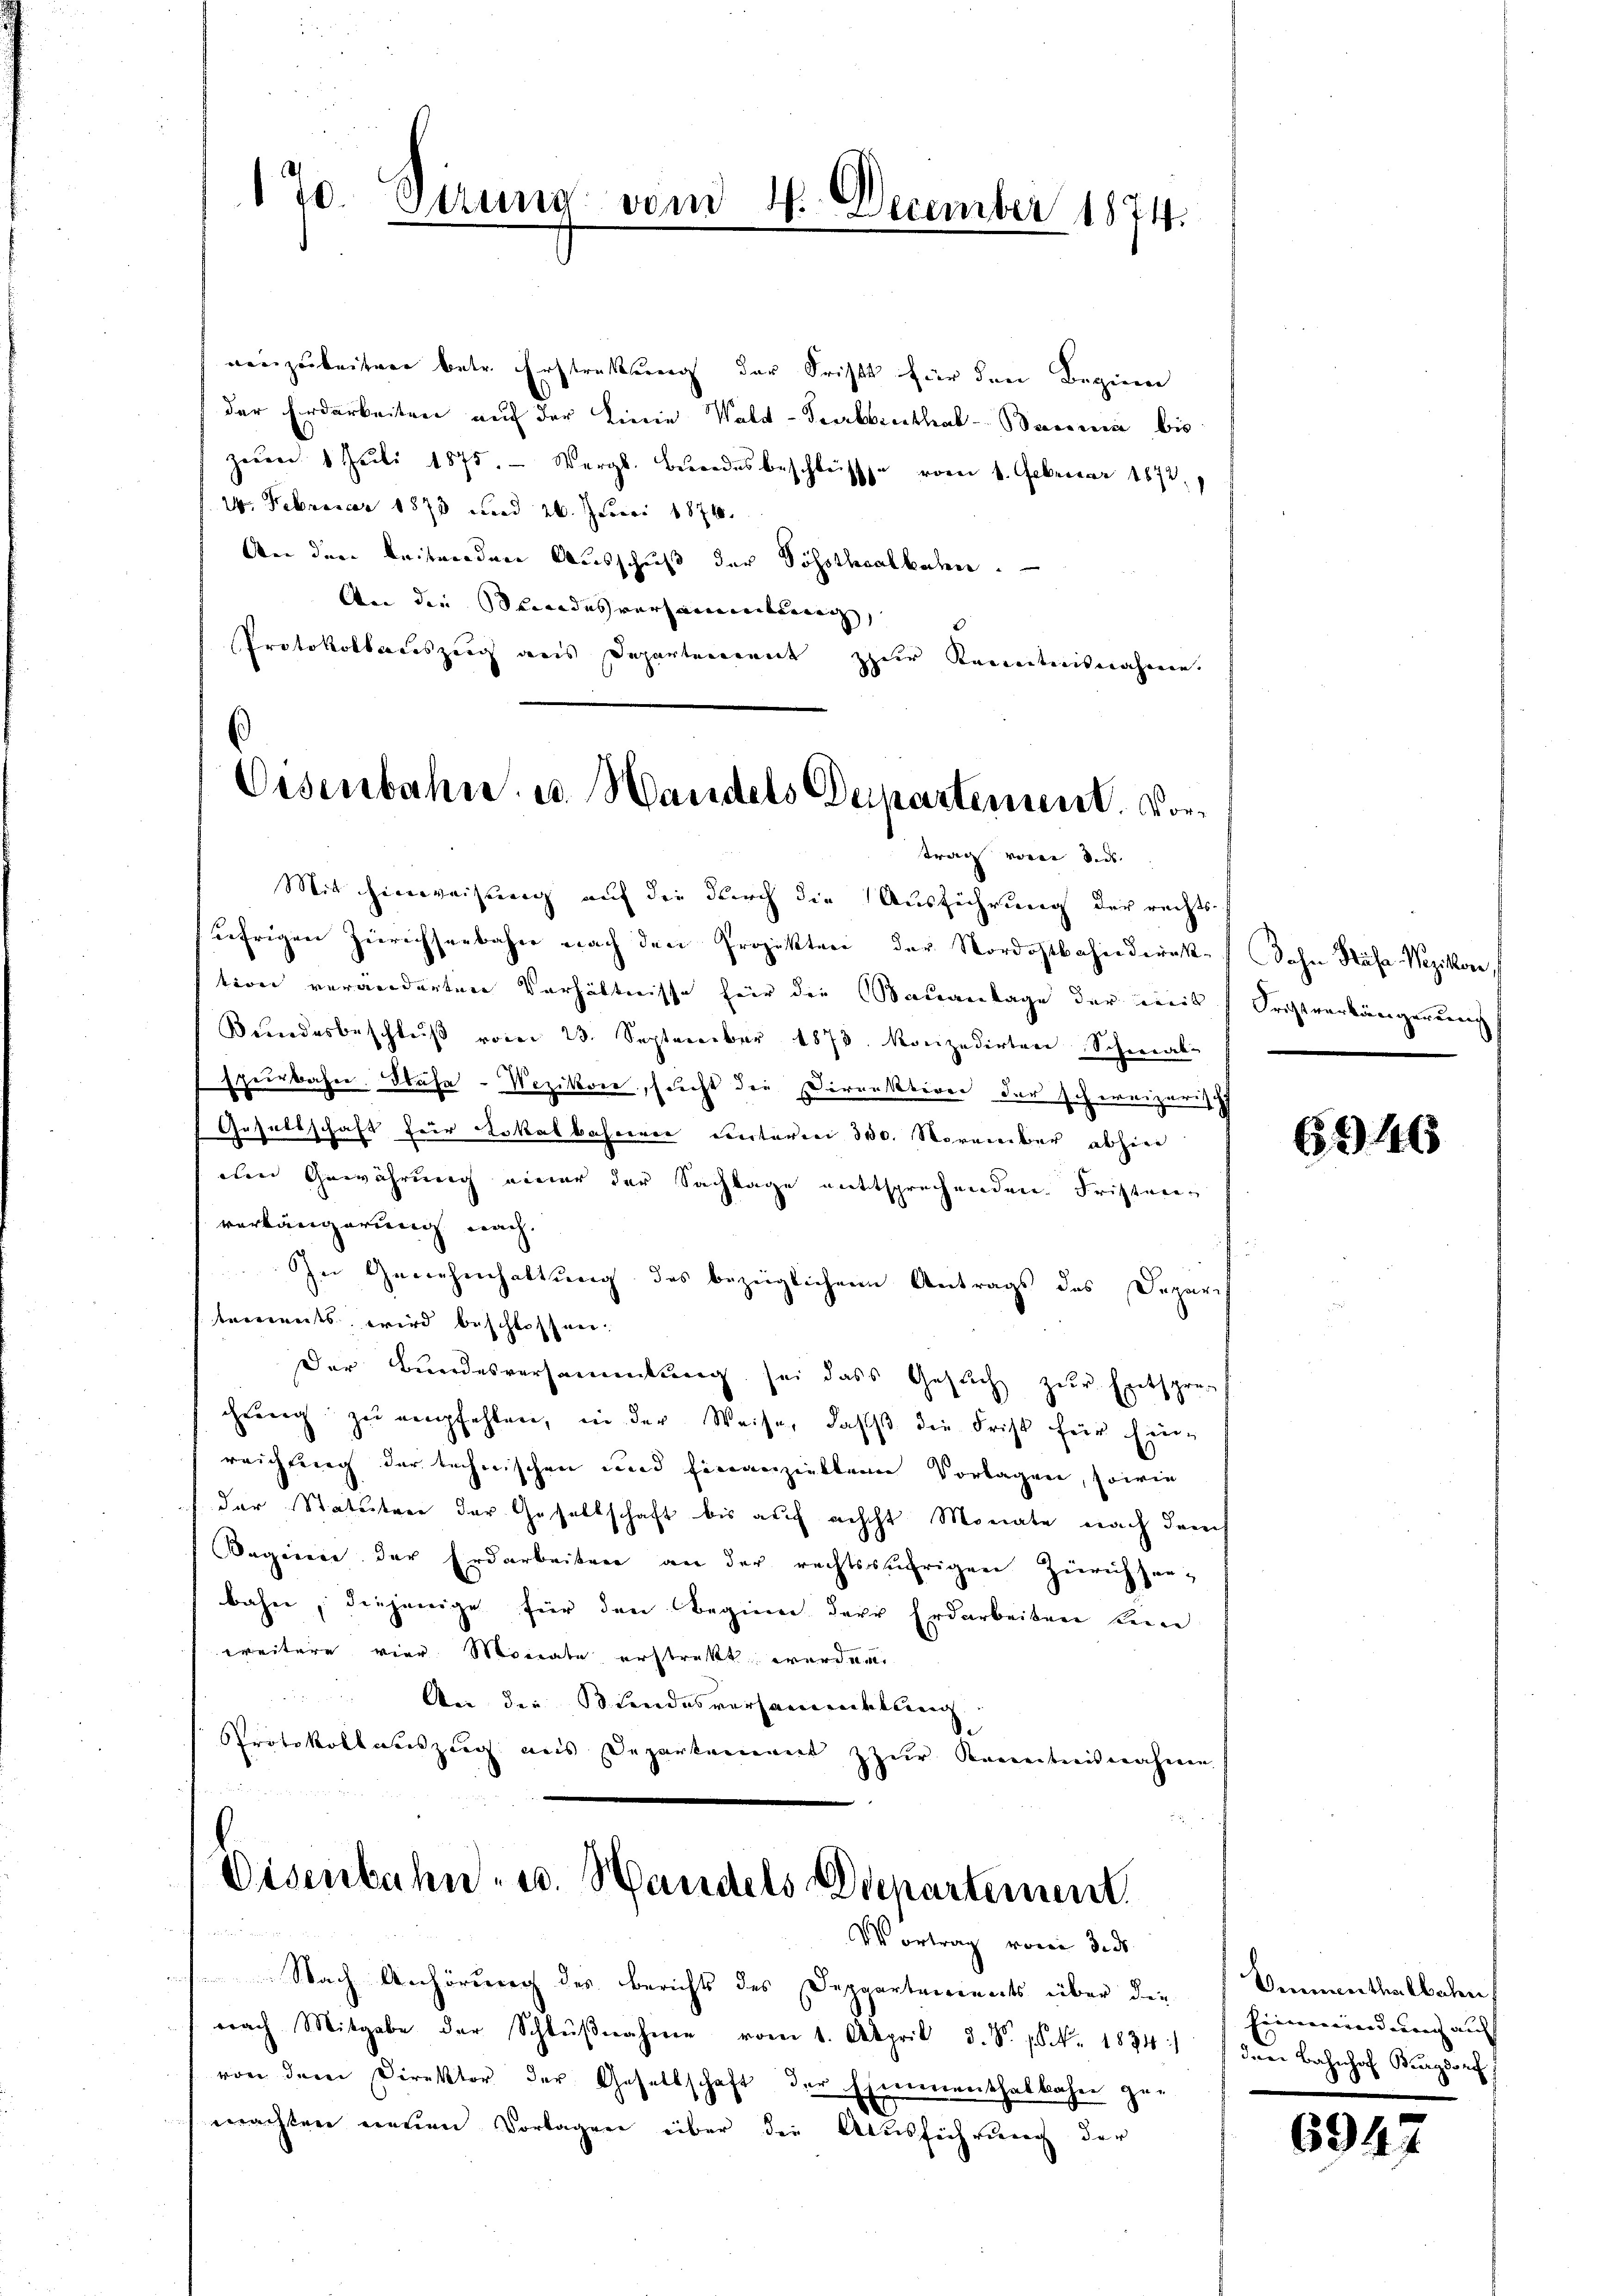
17. Sirung vom 4. December 1874.

neizubeiten betr. Erstreckung der Frist für den Beginn
der Erdarbeiten auf der Linie Wald-Trabbenthal anni bis
Zeŭen 1. Juli 1875. Vergl. Berndesbeschlüsse vom 1. Februar 1872.
24. Februar 1873 und 26. Juni 1876.
An den beitenden Ausschuß der Söhsthalbahn.
An die Standesversammlung,
Protokollsauszug aus Departenannt zur Kenntnisnahmen.

Eisenbahn u. Handels Departement. Vor¬
Frach von sind.

Mit Hinweisung auf die durch die Ausführung der rechtsufrigen Zürichseebahn nach den Projekten der Nordostbahnderak- Sohn Hása-Wezikon,
tion veränderten Verhältnisse hier die Mauanlage der mit Fristverkängerung
Bŭndesbeschlŭβ vom 23. September 1878. Konzedirten Schwal-
spürbahn. Wähe-Wezikon, sucht die Direktoren der schereizerisch
Gesellschaft für Lokalbahrerer ventaren 300. November abhier
dlen Gewährung einer der Sachlage mittsprechenden Fristen
verlängerung nach.
In Genehmhaltung des bezüglichen Antrags des Deparis
tements wird beschlossen.
Der Bundesversammlung sei dass Gesŭch zŭr Entsprec
chŭng zŭ empfehlen, in der Weise, daß die Frist für Ein-
reichung der technischen und finanziellein Vorlagen, sowie
der Statuten der Gesellschaft bis auf nicht Monate nach dem
Beginne der Erdarbeiten an der rechtssährigen Zürichsen-
bahn, diejenige für den Beginn dere Erdarbeiten keine
weitere vier Monate, erstratt werden.
An die Bundesversammlung
Protokollauszug aus Departement zur Kenntnisnahmen.

.
Eisenbahn, u. Handels Departement.
Vortrag vom 3. ds.

Nach Anhörung des Berichts des Deppartements über die
erach Mitgabe der Schlŭβnahme vom 1. April d. S. Nr. 1834
von dem Direktor der Gesellschaft der Ehementhalbahre ge-
machten neuen Vorlagen über die Ausführung der

6946

Sennerthalbahn
Einverwanderung auf |
drei Bahnhof Burgdorf

694.